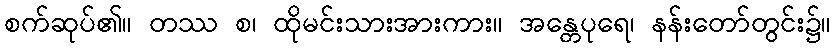
စက်ဆုပ်၏။ တဿ စ၊ ထိုမင်းသားအားကား။ အန္တေပုရေ၊ နန်းတော်တွင်း၌။